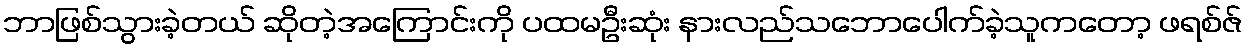
ဘာဖြစ်သွားခဲ့တယ် ဆိုတဲ့အကြောင်းကို ပထမဦးဆုံး နားလည်သဘောပေါက်ခဲ့သူကတော့ ဖရစ်ဇ်